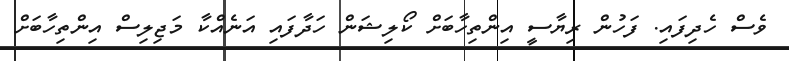
ވެސް ހެދިފައި. ފަހުން ރިޔާސީ އިންތިހާބަށް ކޯލިޝަން ހަދާފައި އަނެއްކާ މަޖިލިސް އިންތިހާބަށް